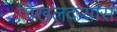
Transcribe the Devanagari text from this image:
चिखलदर्‍यास